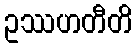
ဥဿဟတီတိ